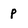
Character: p